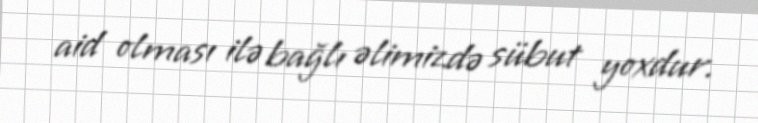
aid olması ilə bağlı əlimizdə sübut yoxdur.